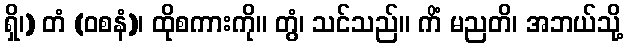
ရှိ၊) တံ (ဝစနံ)၊ ထိုစကားကို။ တွံ၊ သင်သည်။ ကိံ မညတိ၊ အဘယ်သို့